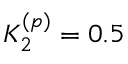
K _ { 2 } ^ { ( p ) } = 0 . 5